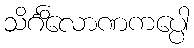
သိင်္ဂိလောဏကပ္ပေါ